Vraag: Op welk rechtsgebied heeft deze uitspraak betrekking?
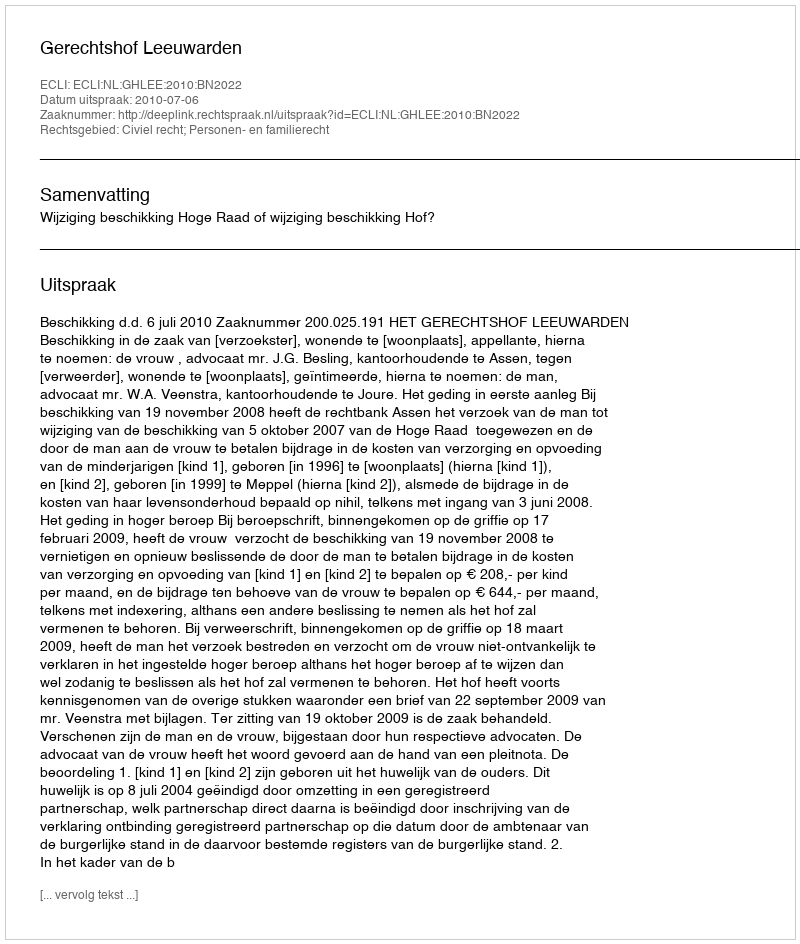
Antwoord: Civiel recht; Personen- en familierecht